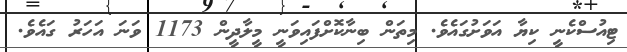
ޓިއުސްކެނީ ކިޔާ އަވަށުގައެވެ. މިތަން ބިނާކޮށްފައިވަނީ މީލާދީން 1173 ވަނަ އަހަރު ގައެވެ.